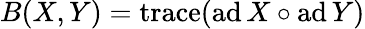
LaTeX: B(X,Y)=\operatorname{trace}(\operatorname{ad}X\circ\operatorname{ad}Y)